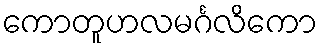
ကောတူဟလမင်္ဂလိကော